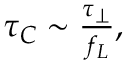
\begin{array} { r } { \tau _ { C } \sim \frac { \tau _ { \perp } } { f _ { L } } , } \end{array}